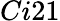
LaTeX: Ci21